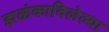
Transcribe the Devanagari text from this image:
झळंकाविलेल्या